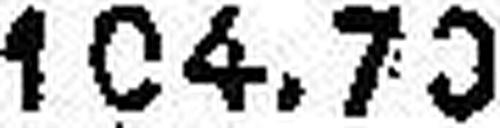
104.70